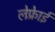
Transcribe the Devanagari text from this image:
लेफ़्रेाई